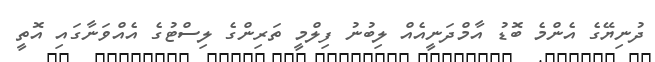
ދުނިޔޭގެ އެންމެ ބޮޑު އާމްދަނީއެއް ލިބުނު ފިލްމީ ތަރިންގެ ލިސްޓުގެ އެއްވަނާގައި އޮތީ